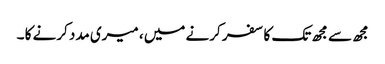
مجھ سے مجھ تک کا سفر کرنے میں ، میری مدد کرنے کا ۔